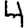
Digit: 4